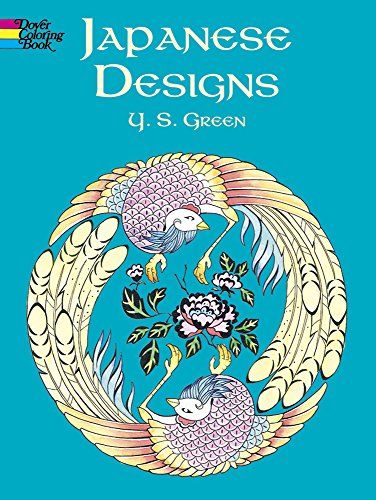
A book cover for Japanese Designs (Dover Design Coloring Books); Y. S. Green; Children's Books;